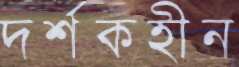
দর্শকহীন